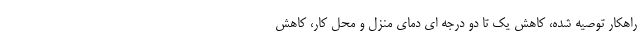
راهکار توصیه شده، کاهش یک تا دو درجه ای دمای منزل و محل کار، کاهش